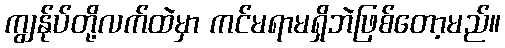
ကျွန်ုပ်တို့လက်ထဲမှာ ကင်မရာမရှိဘဲဖြစ်တော့မည်။